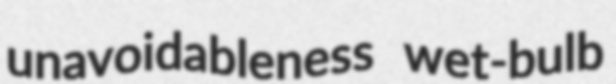
unavoidableness wet-bulb